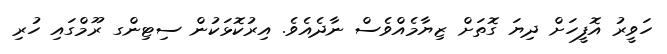
ހަވީރު އޮފީހަށް ދިޔަ ގޮތަށް ޒިޔާމެއްވެސް ނާދެއެވެ. އިރުކޮޅަކުން ސިޓިންގ ރޫމްގައި ހުރި